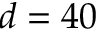
d = 4 0